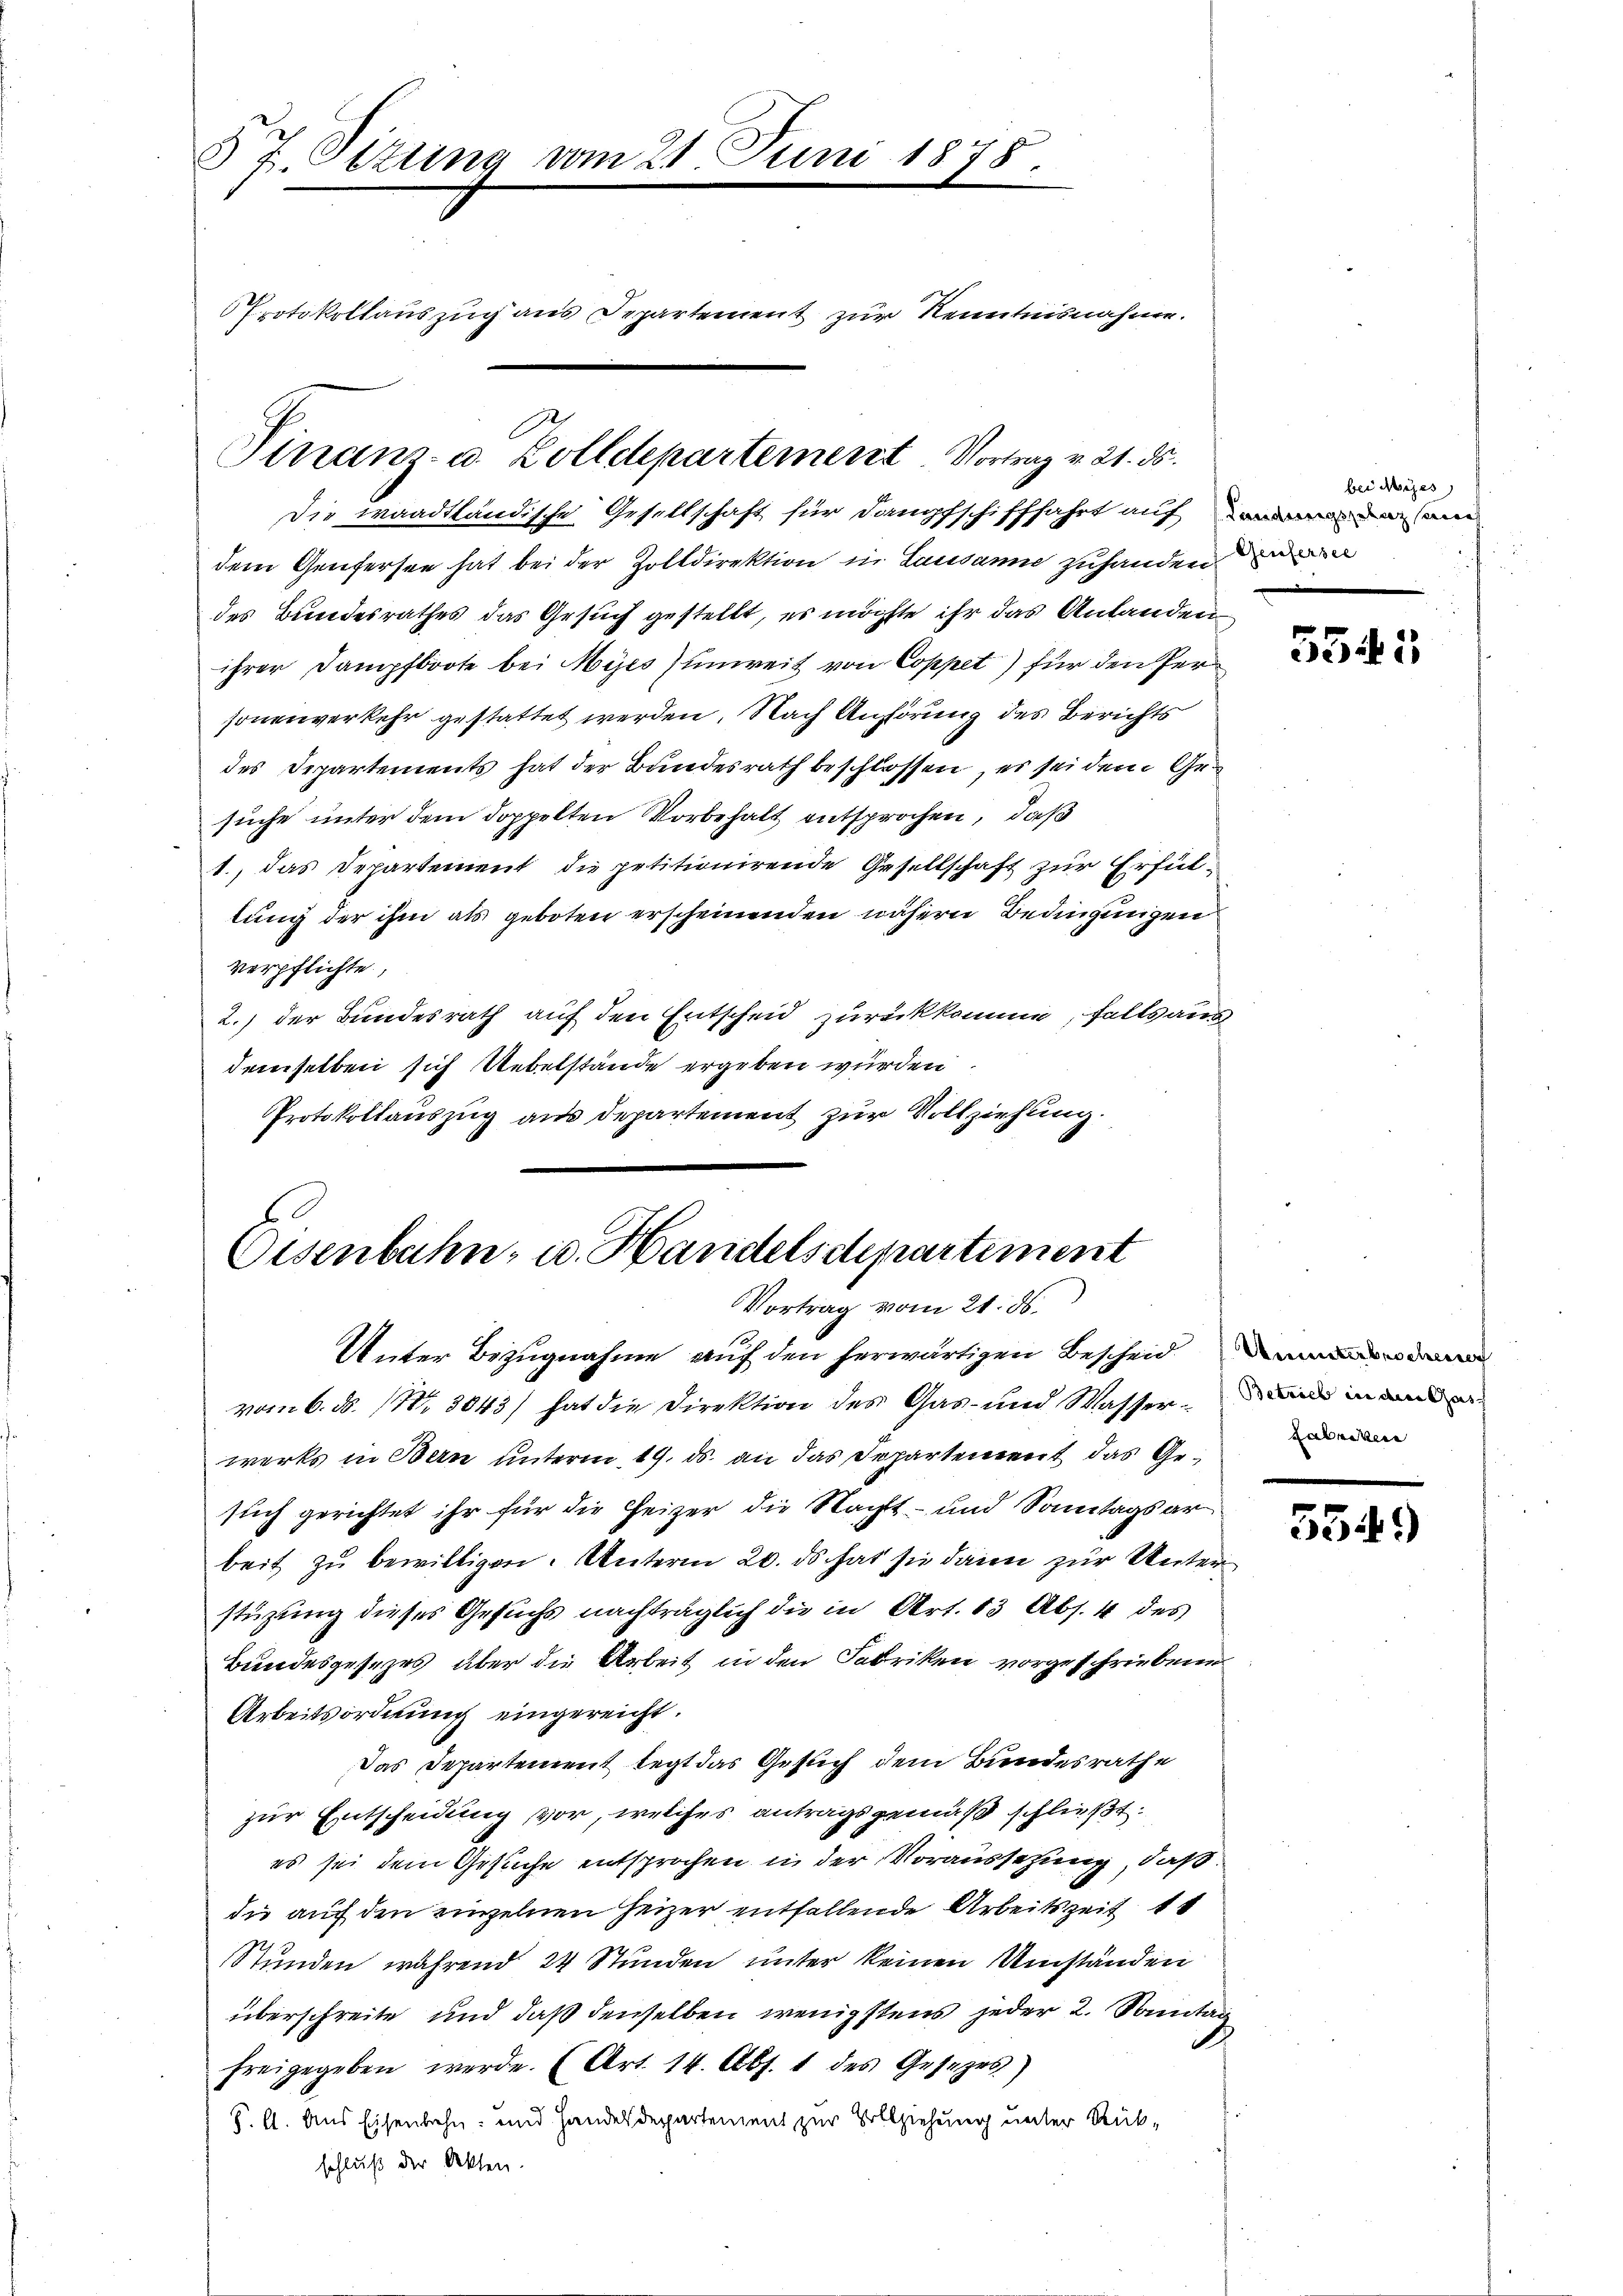
§ 7. Sizung vom 21. Juni 1878.
Protokollauszug aus Departement zur Kenntnisnahme.
Finanz- u. Zolldepartement Vortrag v. 21. ds.

Die waadtländische Gesellschaft für dampfschifffahrt auf ein

dem Genfersee hat bei der Zolldirektion in Lausanne zuhanden
des Bundesrathes das Gesuch gestellt, es möchte ihr das Antanden
ihrer Dampfboote bei Myes unweit von Coppet) für den Personenverkehr gestattet werden. Nach Anhörung des Berichts
des Departements hat der Bundesrath beschlossen, es sei dem Gesuche unter dem doppelten Vorbehalt entsprochen, daß
1., das Departement die petitionirende Gesellschaft zur Erfültung der ihm als geboten erscheinenden nähern Bedingungen
verpflichte,
2.) der Bundesrath auf den Entscheid zurückkomme, falls aus
demselben sich Uebelstände ergeben würden.
Protokollauszug aus departement zur Vollziehung.

Eisenbahn- u. Handelsdepartement
Vortrag vom 21. ds.
Unter Bezugnahme auf den herwärtigen Bescheid

vom 6. d. 11. 3043) hat die Direktion des Gas- und Wasser in de
werks in Bern unterm 19. ds. an das Departement das Gesuch gerichtet ihr für die Heizer die Nacht- und Sonntagsar
beit zu bewilligen. Unterm 20. ds hat sie dann zur Unterstüzung dieses Gesuchs nachträglich die in Art. 13 Abs. 4 des
Bundesgesezes, aber die Arbeit in den Fabriken vorgeschriebene
Arbeitsordnung eingereicht.
Das Departement legt das Gesuch dem Bundesrathe
zur Entscheidung vor, welches antragsgemäß schließt:
es sei dem Gesuche entsprochen in der Voraussetzung, daß
die auf den einzelnen Heizer entfallende Arbeitszeit 1 1
Stunden während 24 Stunden unter keinen Umständen
überschreite und daß denselben wenigstens jeder 2. Sonntag
freigegeben werde. (Art. 14. Abs. 1 des Gesetzes)
S. A. Aus Eisenbahn- und Handelsdepartement zur Vollziehung unter Rückschluß der Akten.

bei dies

5545

Fabriken

5349